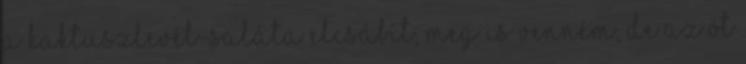
A kaktuszlevél-saláta elcsábít, meg is venném, de az öt